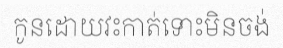
កូនដោយវះកាត់ទោះមិនចង់